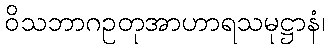
ဝိသဘာဂဥတုအာဟာရသမုဋ္ဌာနံ၊